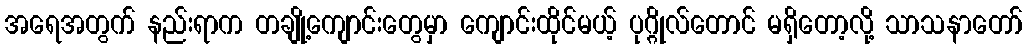
အရေအတွက် နည်းရာက တချို့ကျောင်းတွေမှာ ကျောင်းထိုင်မယ့် ပုဂ္ဂိုလ်တောင် မရှိတော့လို့ သာသနာတော်